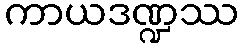
ကာယဒဏ္ဍဿ